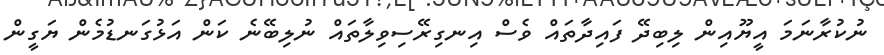
ނުކުރާނަމަ އީޔޫއިން ލިބިދޭ ފައިދާތައް ވެސް އިނގިރޭސިވިލާތައް ނުލިބޭނެ ކަން އަޅުގަނޑުމެން ޔަގީން